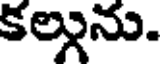
కల్గును.